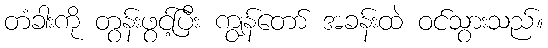
တံခါးကို တွန်းဖွင့်ပြီး ကျွန်တော် အခန်းထဲ ဝင်သွားသည်။